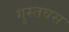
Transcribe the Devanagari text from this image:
गुस्तवस